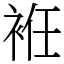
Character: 袵